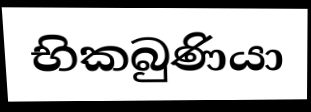
භිකබුණියා